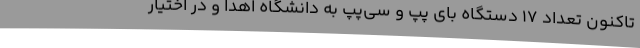
تاکنون تعداد 17 دستگاه بای پپ و سی‌پپ به دانشگاه اهدا و در اختیار